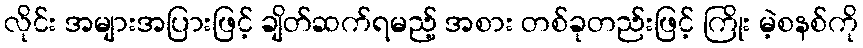
လိုင်း အများအပြားဖြင့် ချိတ်ဆက်ရမည့် အစား တစ်ခုတည်းဖြင့် ကြိုး မဲ့စနစ်ကို